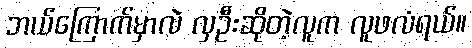
ဘယ်ကြောက်မှာလဲ လှဦးဆိုတဲ့လူက လူဖလံရယ်။